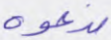
ندعوه